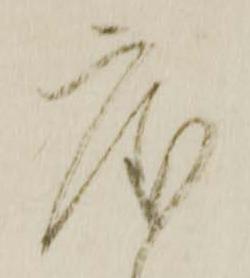
度